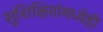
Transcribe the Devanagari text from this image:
सुशिक्षितांमध्येही